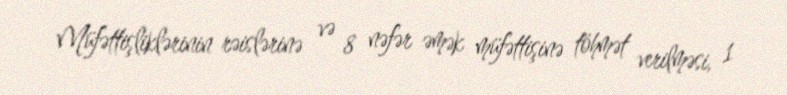
Müfəttişliklərinin rəislərinə və 8 nəfər əmək müfəttişinə töhmət verilməsi, 1